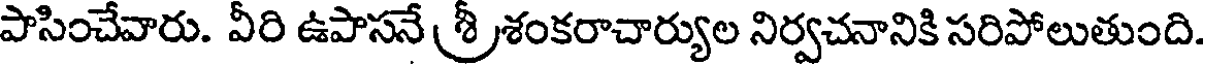
పాసించేవారు. వీరి ఉపాసనే శ్రీ శంకరాచార్యుల నిర్వచనానికి సరిపోలుతుంది.